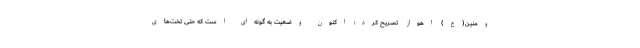
ومنین(ع) اهواز تصریح کرد: اکنون وضعیت به گونه‌ای است که حتی تخت‌های